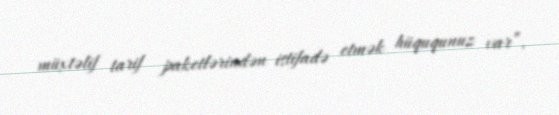
müxtəlif tarif paketlərindən istifadə etmək hüququnuz var”.